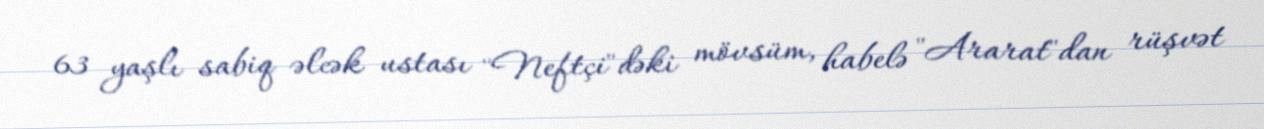
63 yaşlı sabiq əlcək ustası "Neftçi"dəki mövsüm, habelə "Ararat"dan rüşvət